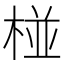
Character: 椪